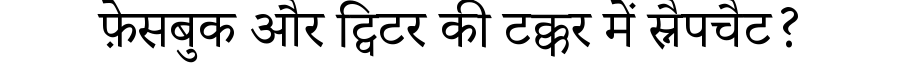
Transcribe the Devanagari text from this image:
फ़ेसबुक और ट्विटर की टक्कर में स्नैपचैट?